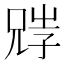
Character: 𡥺